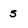
Character: s